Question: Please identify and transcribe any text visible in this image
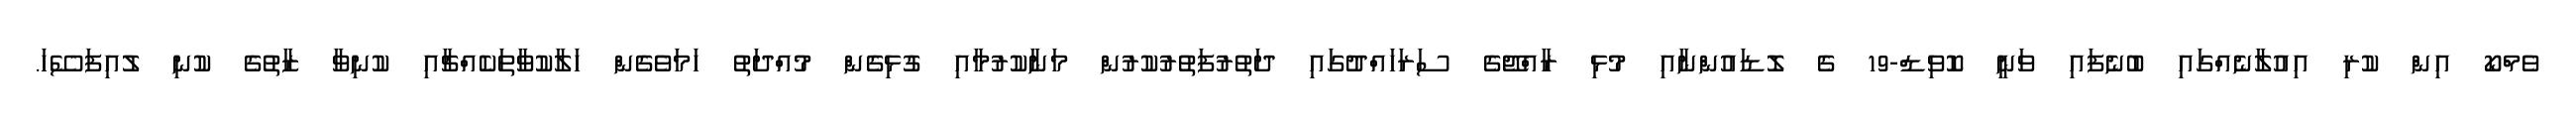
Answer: ވެމްކޯ އިން ކުރި އިއުލާނެއްގައި ބުނެފައި ވަނީ ކޮވިޑް-19 ގެ ލޮޑައުންނާއި މުޅި ރާއްޖޭގެ ސަރަހައްދުގައި ދަތުރުފަތުރުކުރުން މަނާކުރުމާއި ގުޅިގެން މުއްދަތު ހަމަވެގެން ހަލާކުވާތަކެއްޗާއި ކުނިވާ ޒާތުގެ ކުނި ލުއިފަސޭހަ.